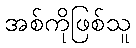
အစ်ကိုဖြစ်သူ